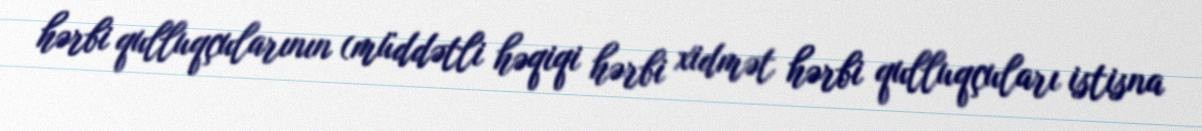
hərbi qulluqçularının (müddətli həqiqi hərbi xidmət hərbi qulluqçuları istisna